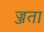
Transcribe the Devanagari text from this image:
ज्जता